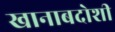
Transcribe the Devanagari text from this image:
खानाबदोशी